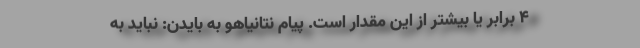
۴ برابر یا بیشتر از این مقدار است. پیام نتانیاهو به بایدن: نباید به